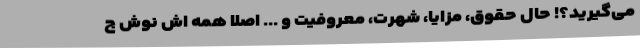
می‌گیرید؟! حال حقوق، مزایا، شهرت، معروفیت و ... اصلا همه اش نوش ج